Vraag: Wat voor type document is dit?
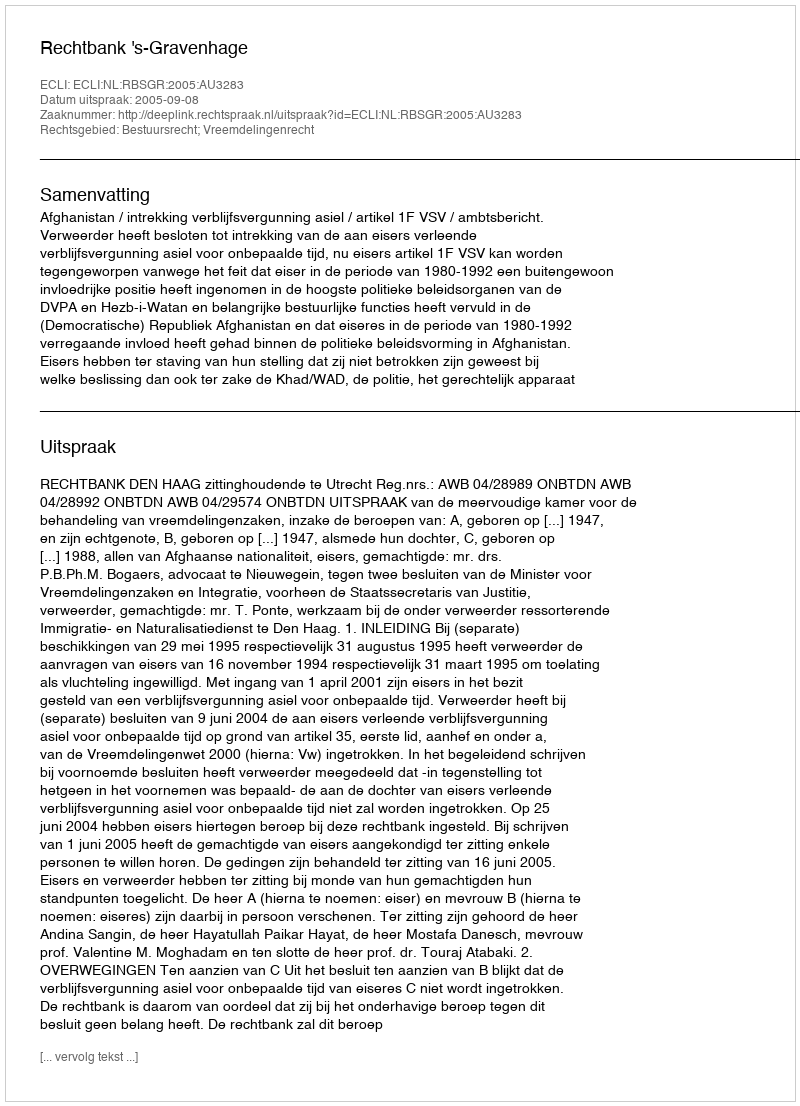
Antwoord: Uitspraak